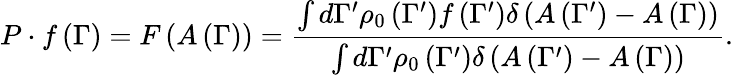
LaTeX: P\cdot f\left(\Gamma\right)=F\left(A\left(\Gamma\right)\right)={\frac{\int d\Gamma^{\prime}\rho_{0}\left(\Gamma^{\prime}\right)f\left(\Gamma^{\prime}\right)\delta\left(A\left(\Gamma^{\prime}\right)-A\left(\Gamma\right)\right)}{\int d\Gamma^{\prime}\rho_{0}\left(\Gamma^{\prime}\right)\delta\left(A\left(\Gamma^{\prime}\right)-A\left(\Gamma\right)\right)}}.